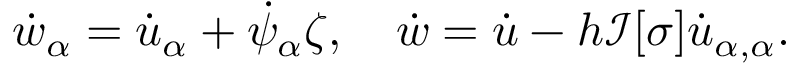
\dot { w } _ { \alpha } = \dot { u } _ { \alpha } + \dot { \psi } _ { \alpha } \zeta , \quad \dot { w } = \dot { u } - h \mathcal { I } [ \sigma ] \dot { u } _ { \alpha , \alpha } .